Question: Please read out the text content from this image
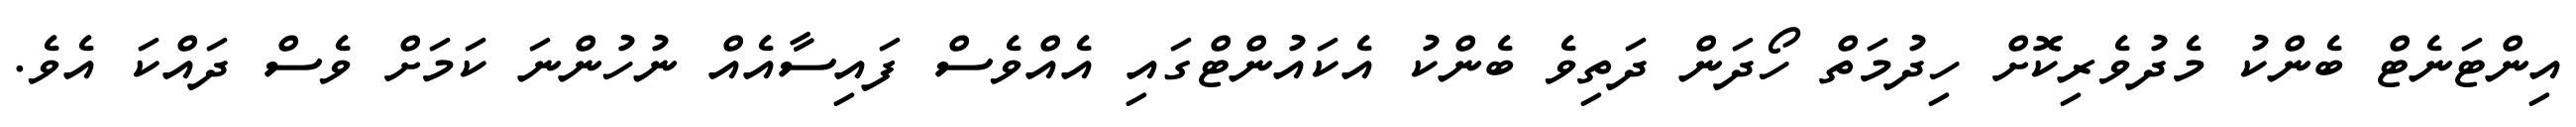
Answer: އިންޓަނެޓް ބެންކު މެދުވެރިކޮށް ހިދުމަތް ހޯދަން ދަތިވެ ބެންކު އެކައުންޓްގައި އެއްވެސް ފައިސާއެއް ނުހުންނަ ކަމަށް ވެސް ދައްކަ އެވެ.